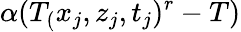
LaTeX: \alpha(T_{(}x_{j},z_{j},t_{j})^{r}-T)